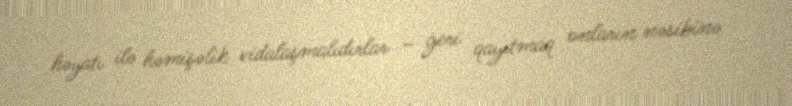
həyatı ilə həmişəlik vidalaşmalıdırlar – geri qayıtmaq onların nəsibinə